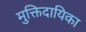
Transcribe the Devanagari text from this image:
मुक्तिदायिका